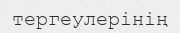
тергеулерінің